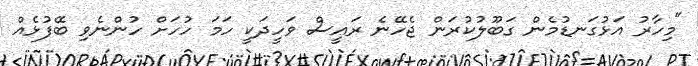
"މިހާރު އަޅުގަނޑުމެން ގަބޫލުކުރަން ޖެހޭނެ ރައީސް ވަހީދަކީ ހަމަ ހުހަށް ހުންނެވި ބޭފުޅެއް